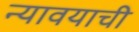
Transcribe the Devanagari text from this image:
न्यावयाची